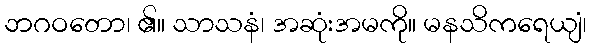
ဘဂဝတော၊ ၏။ သာသနံ၊ အဆုံးအမကို။ မနသိကရေယျံ၊